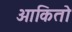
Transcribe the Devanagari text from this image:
ओकितो